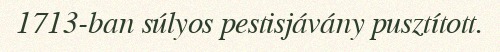
1713-ban súlyos pestisjávány pusztított.